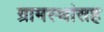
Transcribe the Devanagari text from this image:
ग्रामस्थांसह